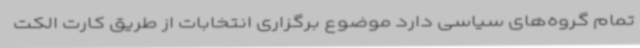
تمام گروه‌های سیاسی دارد موضوع برگزاری انتخابات از طریق کارت الکت